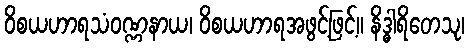
ဝိစယဟာရသံဝဏ္ဏနာယ၊ ဝိစယဟာရအဖွင့်ဖြင့်။ နိဒ္ဓါရိတေသု၊